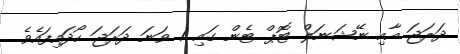
ދަރަޖަ އާއި ނޭޝަނަލް ޓޮޕް ޓެން ގައި 1 ވަނަ ދަރަޖަ ހޯދައިފައެވެ.